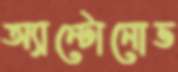
অ্যান্টোনোভ